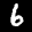
Label: 6